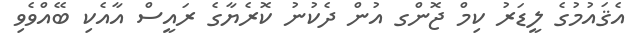
އެޤައުމުގެ ލީޑަރު ކިމް ޖޮންގ އުން ދެކުނު ކޮރެޔާގެ ރައީސް އާއެކި ބޭއްވެވި